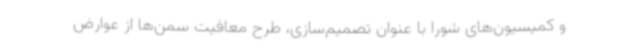
و کمیسیون‌های شورا با عنوان تصمیم‌سازی، طرح معافیت سمن‌ها از عوارض